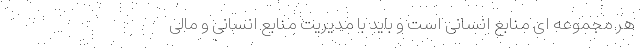
هر مجموعه ای منابع انسانی است و باید با مدیریت منابع انسانی و مالی